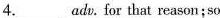
4.___adv.For that reason;so